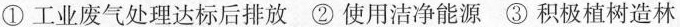
①工业废气处理达标后排放②使用洁净能源③积极植树造林